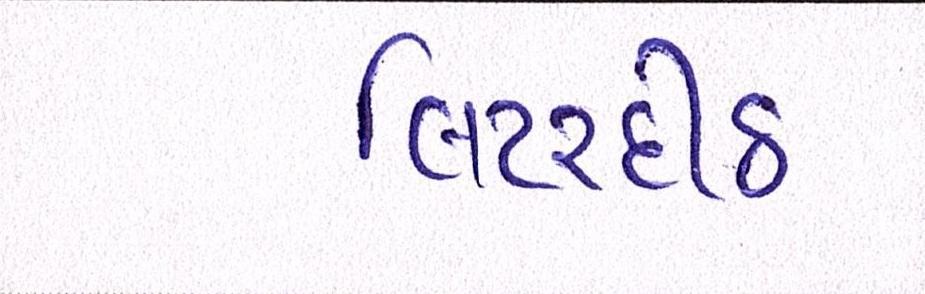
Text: લિટરદીઠ